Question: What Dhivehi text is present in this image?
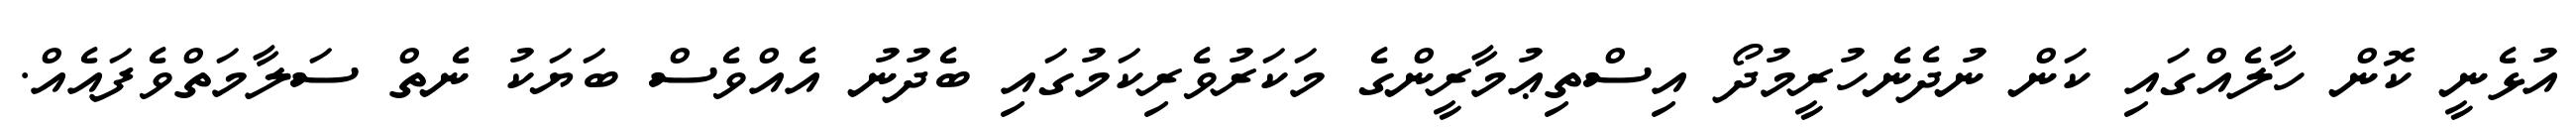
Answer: އުޅެނީ ކޮން ހާލެއްގައި ކަން ނުދެނެހުރީމުދޯ އިސްތިޢުމާރީންގެ މަކަރުވެރިކަމުގައި ބެދުނު އެއްވެސް ބަޔަކު ނެތް ސަލާމަތްވެފައެއް.